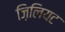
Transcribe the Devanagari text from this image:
ज़िलियट